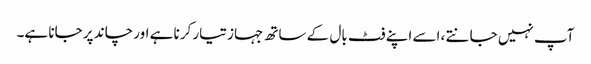
آپ نہیں جانتے ، اسے اپنے فٹ بال کے ساتھ جہاز تیار کرنا ہے اور چاند پر جانا ہے۔